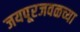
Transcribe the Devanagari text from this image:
जयपूरजवळच्या